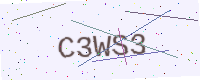
Text: C3WS3